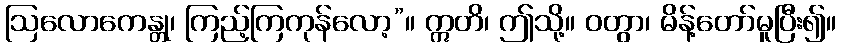
ဩလောကေန္တု၊ ကြည့်ကြကုန်လော့”။ ဣတိ၊ ဤသို့။ ဝတွာ၊ မိန့်တော်မူပြီး၍။